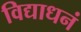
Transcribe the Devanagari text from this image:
विद्याधनं